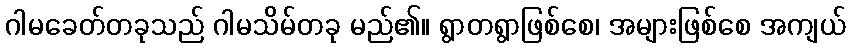
ဂါမခေတ်တခုသည် ဂါမသိမ်တခု မည်၏။ ရွာတရွာဖြစ်စေ၊ အများဖြစ်စေ အကျယ်